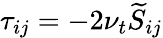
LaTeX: \tau_{ij}=-2\nu_{t}\widetilde{S}_{ij}